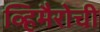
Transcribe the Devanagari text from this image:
व्हिमैरोची